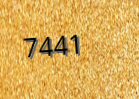
7441